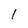
Character: I